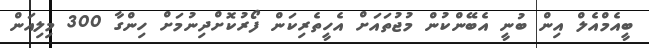
ބީއެމްއެލް އިން ބުނީ އެބޭންކުން މުޖުތައަށް އެހީތެރިކަން ފޯރުކޮށްދިނުމަށް ހިންގާ 300 މިލިއަން